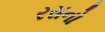
રસનો